Indian journal of veterinary science and animal husbandry - Volume 10,
Year: 1940
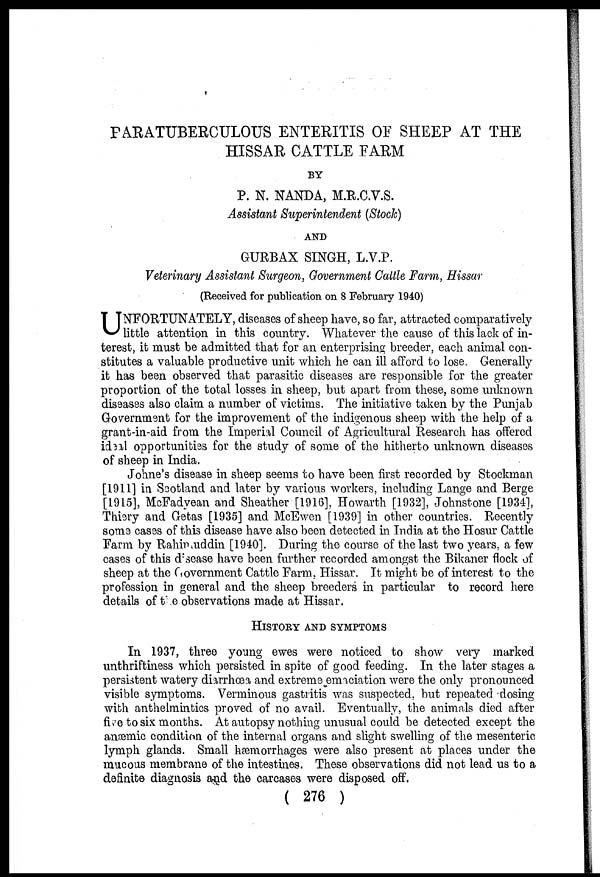
PARATUBERCULOUS ENTERITIS OF SHEEP AT THE
HISSAR CATTLE FARM
BY
P. N. NANDA, M.R.C.V.S.
Assistant Superintendent (Stock)
AND
GURBAX SINGH, L.V.P.
Veterinary Assistant Surgeon, Government Cattle Farm, Hissar
(Received for publication on 8 February 1940)
U NFORTUNATELY, diseases of sheep have, so far, attracted comparatively
little attention in this country. Whatever the cause of this lack of in-
terest, it must be admitted that for an enterprising breeder, each animal con-
stitutes a valuable productive unit which he can ill afford to lose. Generally
it has been observed that parasitic diseases are responsible for the greater
proportion of the total losses in sheep, but apart from these, some unknown
diseases also claim a number of victims. The initiative taken by the Punjab
Government for the improvement of the indigenous sheep with the help of a
grant-in-aid from the Imperial Council of Agricultural Research has offered
ideal opportunities for the study of some of the hitherto unknown diseases
of sheep in India.
Johne's disease in sheep seems to have been first recorded by Stockman
[1911] in Scotland and later by various workers, including Lange and Berge
[1915], McFadyean and Sheather [1916], Howarth [1932], Johnstone [1934],
Thiery and Getas [1935] and McEwen [1939] in other countries. Recently
some cases of this disease have also been detected in India at the Hosur Cattle
Farm by Rahimuddin [1940]. During the course of the last two years, a few
cases of this disease have been further recorded amongst the Bikaner flock of
sheep at the Government Cattle Farm, Hissar. It might be of interest to the
profession in general and the sheep breeders in particular to record here
details of the observations made at Hissar.
HISTORY AND SYMPTOMS
In 1937, three young ewes were noticed to show very marked
unthriftiness which persisted in spite of good feeding. In the later stages a
persistent watery diarrhœa and extreme emaciation were the only pronounced
visible symptoms. Verminous gastritis was suspected, but repeated dosing
with anthelmintics proved of no avail. Eventually, the animals died after
five to six months. At autopsy nothing unusual could be detected except the
anæmic condition of the internal organs and slight swelling of the mesenteric
lymph glands. Small hæmorrhages were also present at places under the
mucous membrane of the intestines. These observations did not lead us to a
definite diagnosis and the carcases were disposed off.
( 276 )